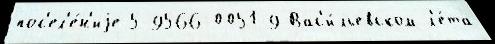
пос'ел'е́н'иjе 5-9566-0051-9 Вас'и́льевском л'е́та